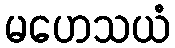
မဟေသယံ